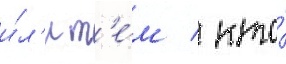
и́л'и т'е́м / кто́